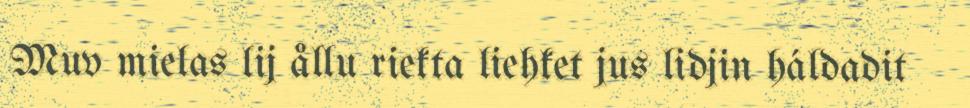
Muv mielas lij ållu riekta liehket jus lidjin háldadit